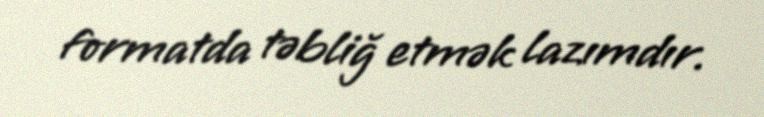
formatda təbliğ etmək lazımdır.